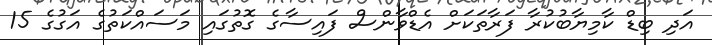
އަދި ބިޑް ކާމިޔާބުކުރާ ފަރާތަކަށް އެޑްވާންސް ފައިސާގެ ގޮތުގައި މަސައްކަތުގެ އަގުގެ 15